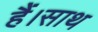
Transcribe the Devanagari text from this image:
हैं।साथ